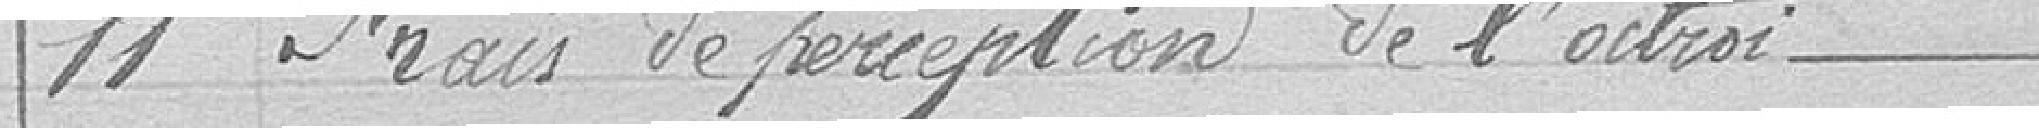
11 Frais de perception de l'octroi